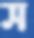
স